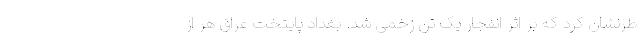
طرنشان کرد که بر اثر انفجار یک تن زخمی شد. بغداد پایتخت عراق هر از